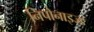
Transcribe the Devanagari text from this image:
निपोनाइज्ड